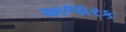
અજારક